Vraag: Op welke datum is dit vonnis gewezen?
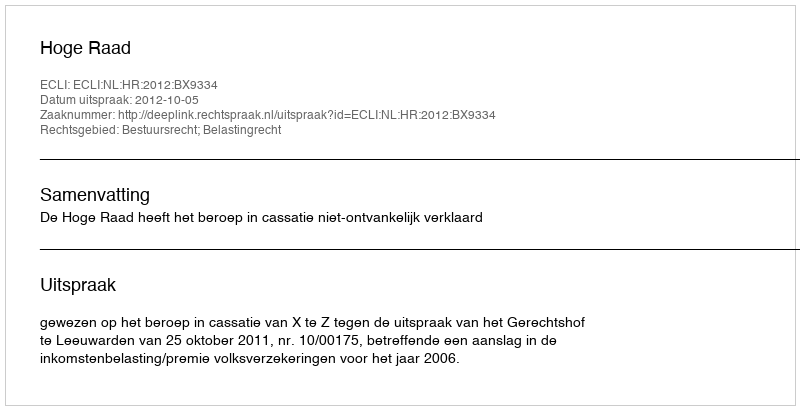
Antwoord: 2012-10-05